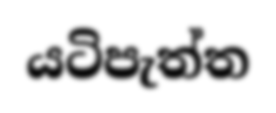
යටිපැත්ත